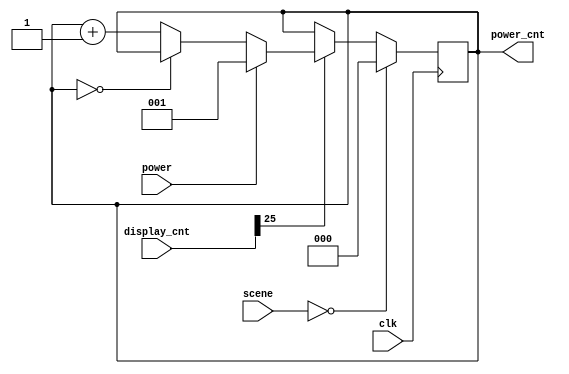
`timescale 1ns / 1ps
/////////////////////////////////////////////////////////////////
// Module Name: power_bean_counter
/////////////////////////////////////////////////////////////////

module power_bean_counter(
    input clk,
    input [26:0] display_cnt,
    input [1:0] scene,
    input power,
    output reg [2:0] power_cnt
    );
    
    // when pacman eats the power bean, power_cnt starts to count in pacman's next 8 moves,
    // that is, after Pac-Man consumes the power bean, the special effect lasts for 8 moves.
    always @(posedge clk) begin
        if(scene == 2'b00) power_cnt <= 3'b000;
        else if(display_cnt[25]) begin
            if(power) power_cnt <= 3'b001;
            else begin
                if(power_cnt == 3'b000) power_cnt <= power_cnt;
                else power_cnt <= power_cnt + 3'b001;
            end
        end
        else begin
            power_cnt <= power_cnt;
        end
    end
endmodule